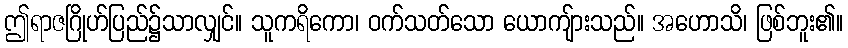
ဤရာဇဂြိုဟ်ပြည်၌သာလျှင်။ သူကရိကော၊ ဝက်သတ်သော ယောကျ်ားသည်။ အဟောသိ၊ ဖြစ်ဘူး၏။